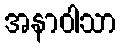
အနာဝါသာ